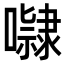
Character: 𭋺